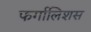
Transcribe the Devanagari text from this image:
फर्गालिशस